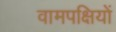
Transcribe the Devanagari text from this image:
वामपक्षियों